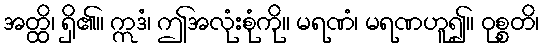
အတ္ထိ၊ ရှိ၏။ ဣဒံ၊ ဤအလုံးစုံကို။ မရဏံ၊ မရဏဟူ၍။ ဝုစ္စတိ၊